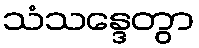
သံသန္ဒေတွာ